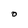
Character: o